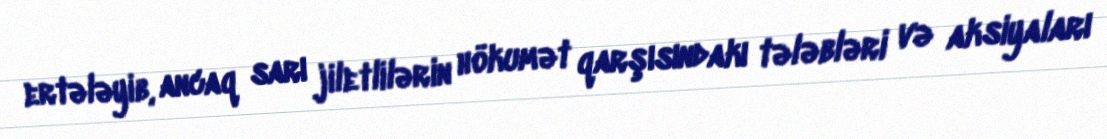
ertələyib, ancaq sarı jiletlilərin hökumət qarşısındakı tələbləri və aksiyaları